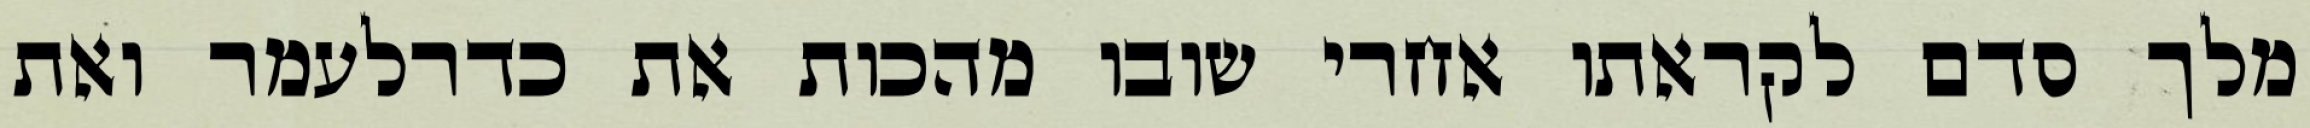
מלך סדם לקראתו אחרי שובו מהכות את כדרלעמר ואת